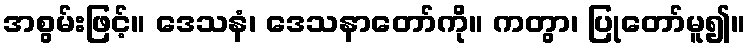
အစွမ်းဖြင့်။ ဒေသနံ၊ ဒေသနာတော်ကို။ ကတွာ၊ ပြုတော်မူ၍။